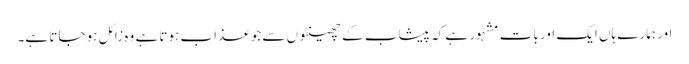
اور ہمارے ہاں ایک اور بات مشہور ہے کہ پیشاب کے چھینٹوں سے جو عذاب ہوتا ہے وہ زائل ہو جاتا ہے۔